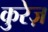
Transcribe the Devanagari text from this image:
कुरेज़